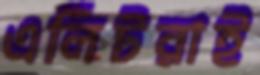
এলিটরাই